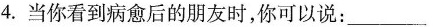
4.当你看到病愈后的朋友时，你可以说：_________